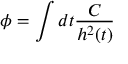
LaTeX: \phi { } = \int { } d t \frac { C } { h ^ { 2 } ( t ) }